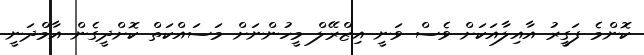
ކޮންމެ ފަގީރު އާއިލާއަކަށް ވެސް ވަނީ އިޒްރޭލް މީހުންނަށް މަސައްކަތް ކޮށްދީގެން އާމްދަނީ